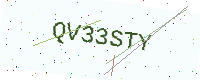
Text: QV33STY